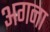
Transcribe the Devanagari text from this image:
अगना